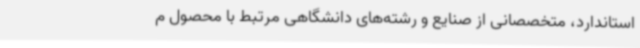
استاندارد، متخصصانی از صنایع و رشته‌های دانشگاهی مرتبط با محصول م